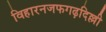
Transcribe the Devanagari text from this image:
विहारनजफगढ़दिल्ली